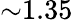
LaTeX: {\sim}1.35